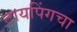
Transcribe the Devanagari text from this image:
टायपिंगचा